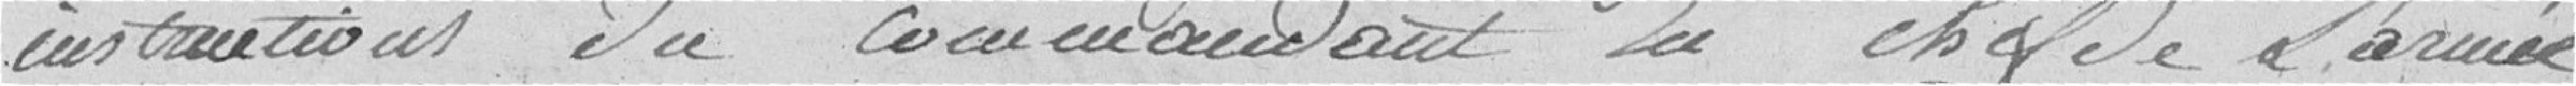
instructions du commandant en chef de l'armée